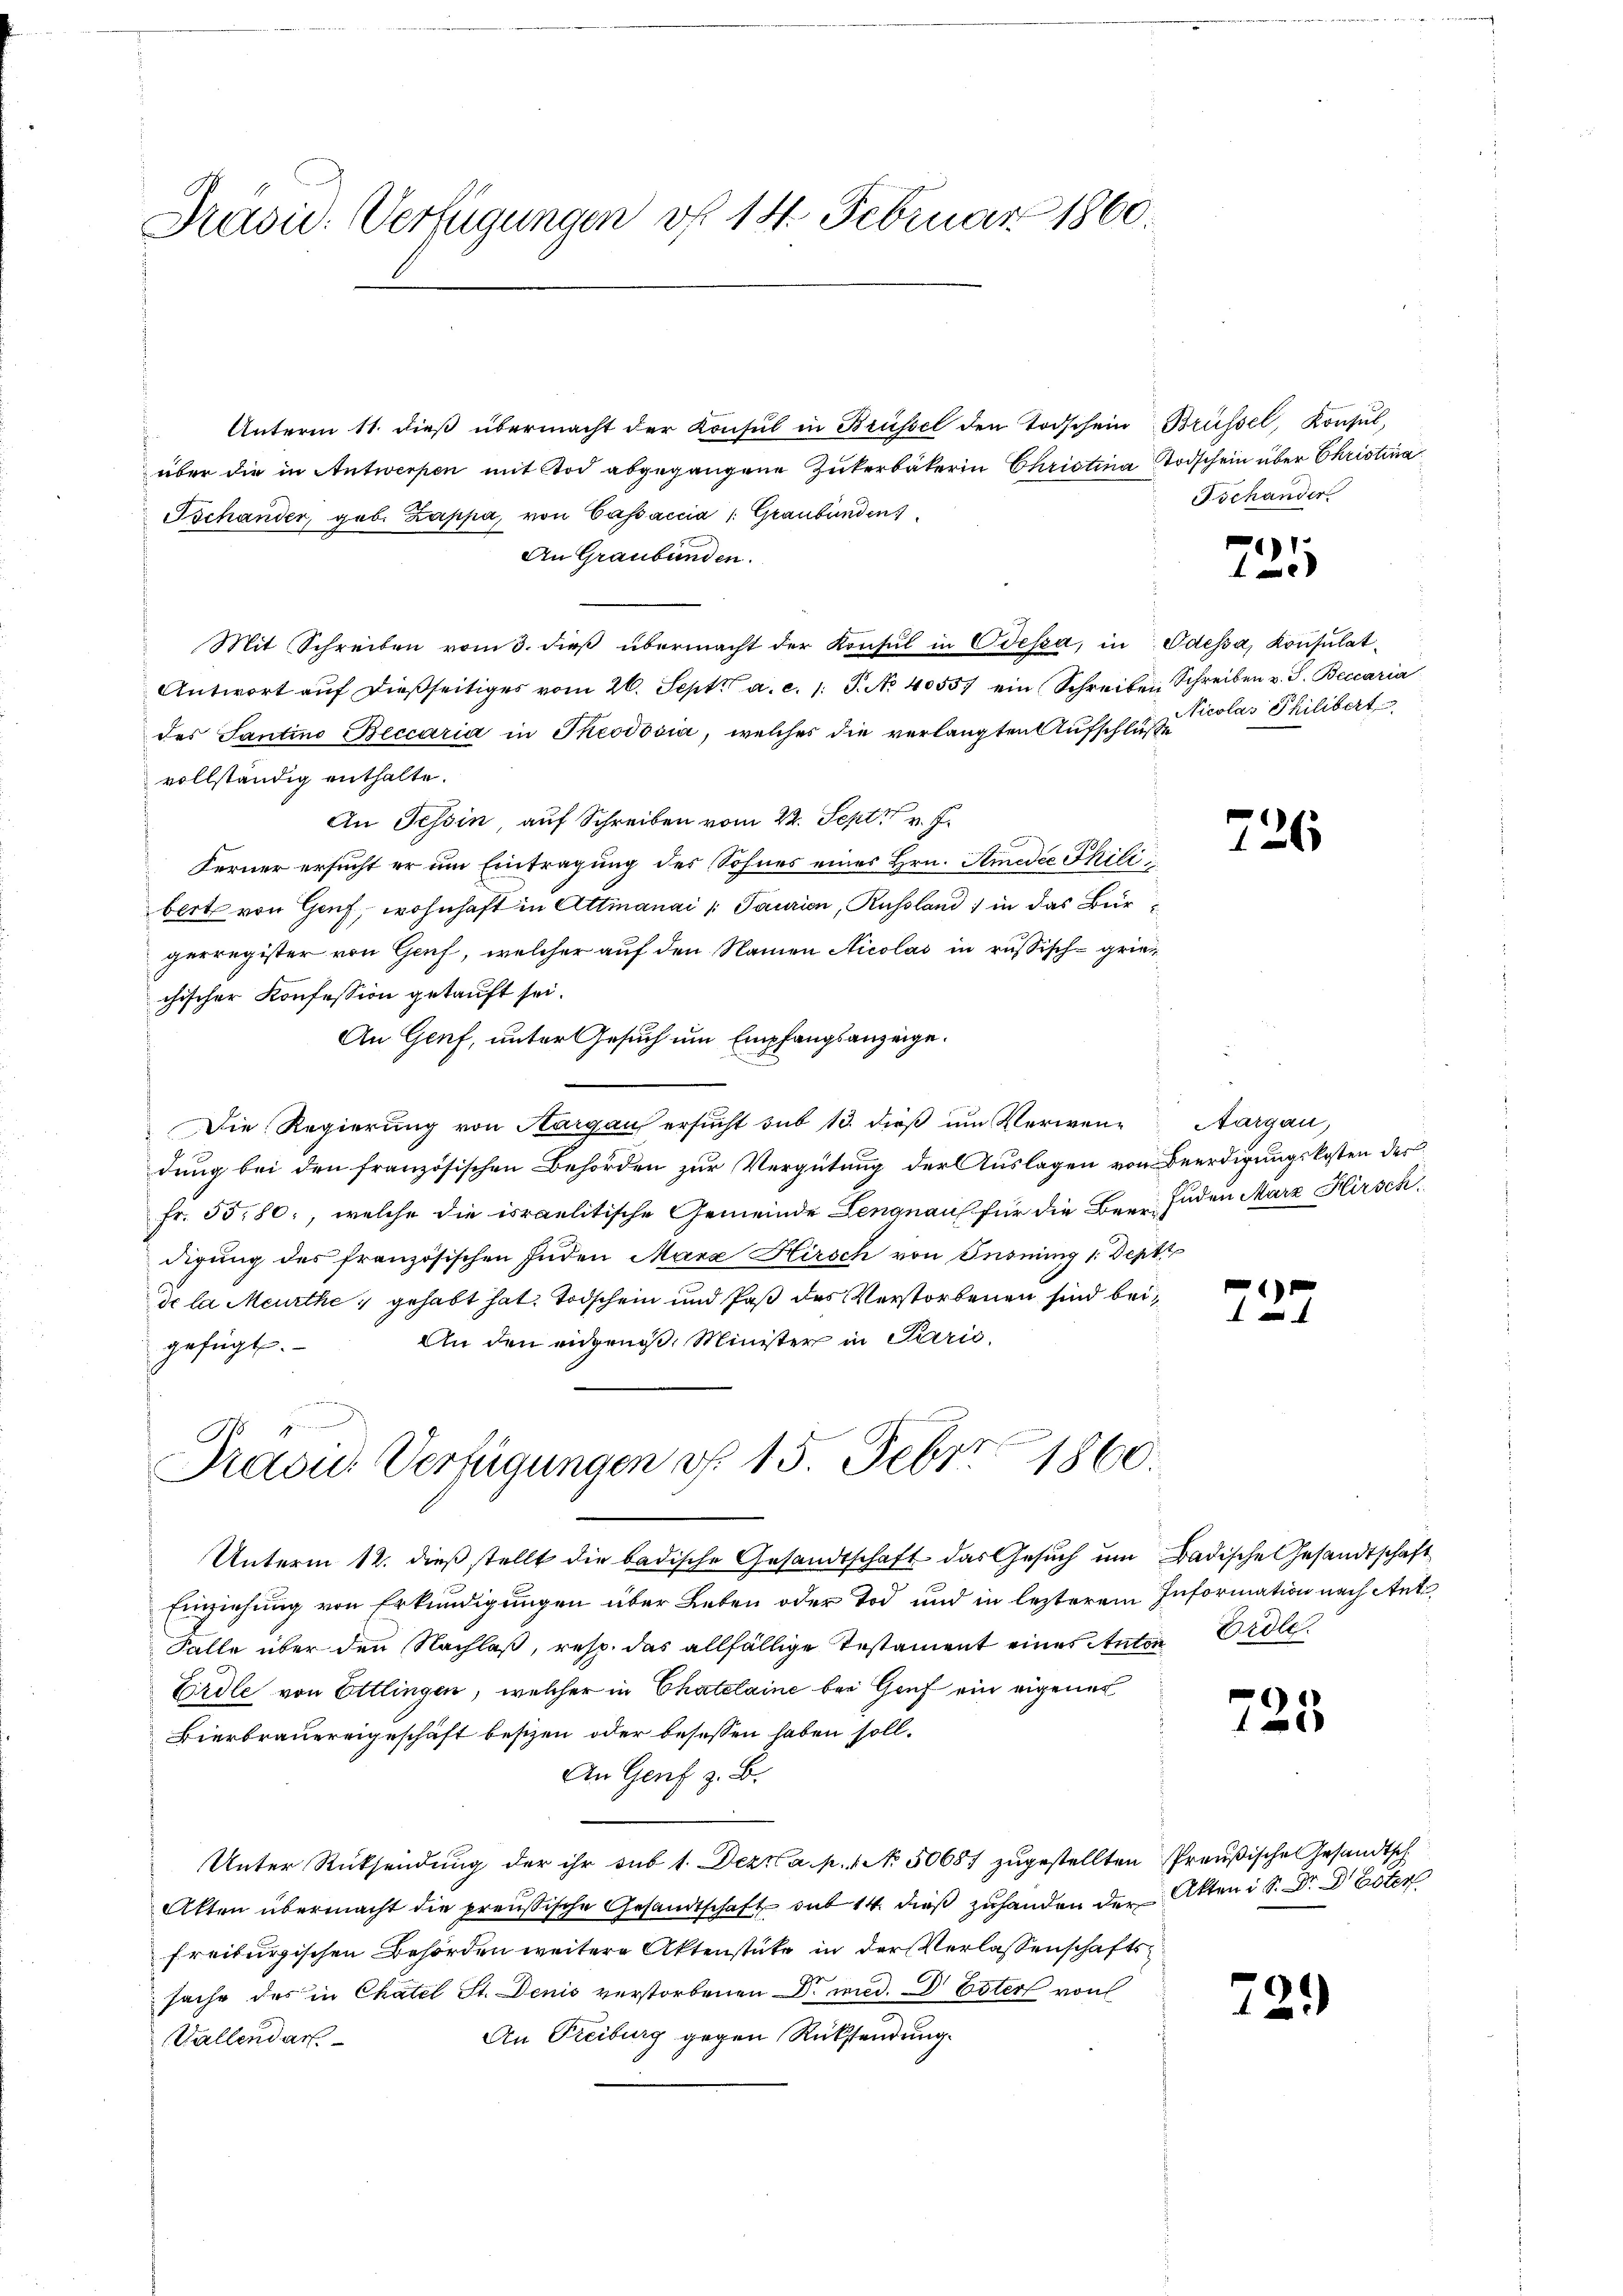
Prasic: Verfügungen vf 14. Februar 1860.

Unterm 11. dieß übermacht der Konsul in Brüssel den Todschein Brüssel, Konsul,
über die in Antwerpen mit Tod abgegangene Zukerbäkerin Christina Todschein über Christina
Tschander, geb. Zappa, von Cassaccia /: Graubünden
An Graubünden.
Mit Schreiben vom 3. dieß übermacht der Konsul in Odessa, in Odessa, Konsulat¬
Antwort aŭf dießseitiges vom 26. Sept. a. c. 1. P. No 40557 ein Schreiben Schreiben v. J. Beccaria
des Santino eccaria in Theodosia, welches die verlangten Aufschluße
vollständig enthalte.
An Tessin, auf Schreiben vom 22. Sept. v. J.
Ferner ersucht er um Eintragung des Sohnes eines Hrn. Sinedie Phili
bert von Genf, wohnhaft in Attianai /: Taurien, Russland in das Bürgerregister von Genf, welcher auf den Namen Nicolas in russisch-grien
chischer Konfession getauft sei.
An Genf, unter Gesuch um Empfangsanzeige.
Die Regierung von Aargau ersucht sub 13. dieβ ŭm Verwen-Aargau,
dung bei den französischen Behörden zur Vergütung der Auslagen von Beerdigungskosten der
Fr. 55,80, welche die israelitische Gemeinde Lengnau für die Beer Juden Marz Hirsch
digung des französischen Juden Mara Hirsch von Insning 1. Deptt
de la Meurthe, gehabt hat. Todschein und Paß des Verstorbenen sind bei¬
An den eidgenoß, Minister in Perić
gefügt.
A.
Präsid. Verfügungen d. 15. Febr. 1860.
Unterm 12. dieß stellt die badische Gesandtschaft das Gesuch um Badische Gesandtschaft
Einziehung von Erkundigungen über Leben oder Tod und in lezterem Information nach Ant
Falle über den Nachlas, resp. das allfällige Testament eines Antin Ordle¬
Erdle von Ettlingen, welcher in Chatelaine bei Genf ein eigenes
Bierbrauereigeschäft besizen oder besessen haben soll.
An Genf z. B.
Unter Rücksendung der ihr sub 1. Dez. a. p. 1 No. 50687 zugestellten Preußische Gesandtsch
Akten übermacht die preußische Gesandtschaft sub 14. dieß zuhanden der Akten i S. Dr. Dr Ester
freiburgischen Behörden weitere Aktenstücke in der Verlassenschafts
sache des in Chatel St. Denis verstorbenen Dr med. Dr Ester von
An Freiburg gegen Rücksendung.
Vallendar

Tschander

1

Nicolas Philibert

226

e

723

72.)